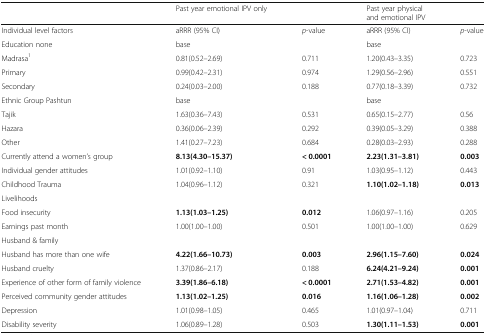
<table><thead><tr><td></td><td><b>Past year emotional IPV only</b></td><td></td><td><b>Past year physical and emotional IPV</b></td><td></td></tr></thead><tbody><tr><td>Individual level factors</td><td>aRRR (95% CI)</td><td><i>p</i>-value</td><td>aRRR (95% CI)</td><td><i>p</i>-value</td></tr><tr><td>Education none</td><td>base</td><td></td><td>base</td><td></td></tr><tr><td>Madrasa<sup>1</sup></td><td>0.81(0.52–2.69)</td><td>0.711</td><td>1.20(0.43–3.35)</td><td>0.723</td></tr><tr><td>Primary</td><td>0.99(0.42–2.31)</td><td>0.974</td><td>1.29(0.56–2.96)</td><td>0.551</td></tr><tr><td>Secondary</td><td>0.24(0.03–2.00)</td><td>0.188</td><td>0.77(0.18–3.39)</td><td>0.732</td></tr><tr><td>Ethnic Group Pashtun</td><td>base</td><td></td><td>base</td><td></td></tr><tr><td>Tajik</td><td>1.63(0.36–7.43)</td><td>0.531</td><td>0.65(0.15–2.77)</td><td>0.56</td></tr><tr><td>Hazara</td><td>0.36(0.06–2.39)</td><td>0.292</td><td>0.39(0.05–3.29)</td><td>0.388</td></tr><tr><td>Other</td><td>1.41(0.27–7.23)</td><td>0.684</td><td>0.28(0.03–2.93)</td><td>0.288</td></tr><tr><td>Currently attend a women’s group</td><td><b>8.13(4.30–15.37)</b></td><td><b>&lt; 0.0001</b></td><td><b>2.23(1.31–3.81)</b></td><td><b>0.003</b></td></tr><tr><td>Individual gender attitudes</td><td>1.01(0.92–1.10)</td><td>0.91</td><td>1.03(0.95–1.12)</td><td>0.443</td></tr><tr><td>Childhood Trauma</td><td>1.04(0.96–1.12)</td><td>0.321</td><td><b>1.10(1.02–1.18)</b></td><td><b>0.013</b></td></tr><tr><td colspan="5">Livelihoods</td></tr><tr><td>Food insecurity</td><td><b>1.13(1.03–1.25)</b></td><td><b>0.012</b></td><td>1.06(0.97–1.16)</td><td>0.205</td></tr><tr><td>Earnings past month</td><td>1.00(1.00–1.00)</td><td>0.501</td><td>1.00(1.00–1.00)</td><td>0.629</td></tr><tr><td colspan="5">Husband &amp; family</td></tr><tr><td>Husband has more than one wife</td><td><b>4.22(1.66–10.73)</b></td><td><b>0.003</b></td><td><b>2.96(1.15–7.60)</b></td><td><b>0.024</b></td></tr><tr><td>Husband cruelty</td><td>1.37(0.86–2.17)</td><td>0.188</td><td><b>6.24(4.21–9.24)</b></td><td><b>0.001</b></td></tr><tr><td>Experience of other form of family violence</td><td><b>3.39(1.86–6.18)</b></td><td><b>&lt; 0.0001</b></td><td><b>2.71(1.53–4.82)</b></td><td><b>0.001</b></td></tr><tr><td>Perceived community gender attitudes</td><td><b>1.13(1.02–1.25)</b></td><td><b>0.016</b></td><td><b>1.16(1.06–1.28)</b></td><td><b>0.002</b></td></tr><tr><td>Depression</td><td>1.01(0.98–1.05)</td><td>0.465</td><td>1.01(0.97–1.04)</td><td>0.711</td></tr><tr><td>Disability severity</td><td>1.06(0.89–1.28)</td><td>0.503</td><td><b>1.30(1.11–1.53)</b></td><td><b>0.001</b></td></tr></tbody></table>